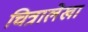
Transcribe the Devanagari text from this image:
चित्रालेखा